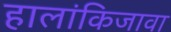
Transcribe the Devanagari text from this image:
हालांकिजावा